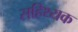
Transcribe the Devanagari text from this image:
सहिथ्यक